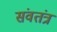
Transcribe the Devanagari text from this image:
संवतंत्र